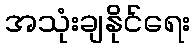
အသုံးချနိုင်ရေး